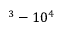
^ 3 - 1 0 ^ { 4 }